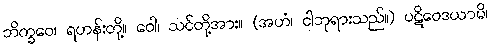
ဘိက္ခဝေ၊ ရဟန်းတို့။ ဝေါ၊ သင်တို့အား။ (အဟံ၊ ငါဘုရားသည်။) ပဋိဝေဒယာမိ၊